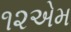
૧૨એમ